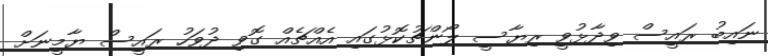
ނައިބު ރައީސް ވިދާޅުވީ ރިޔާސީ ލޯންޗުކޮޅުގައި އެއްޗެއް ގޮވި ދުވަހު ރައީސް ޔާމީނަށް